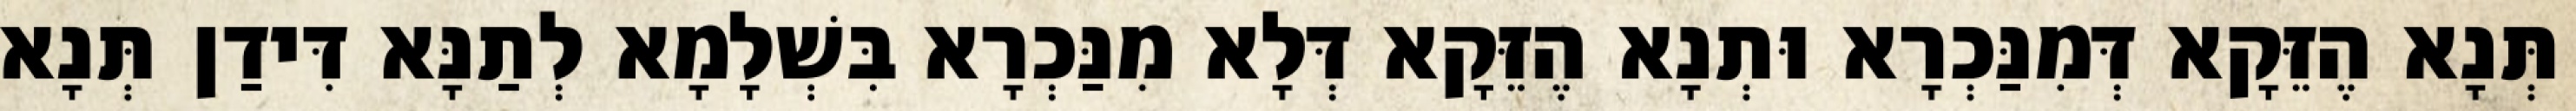
תְּנָא הֶזֵּקָא דְּמִנַּכְרָא וּתְנָא הֶזֵּקָא דְּלָא מִנַּכְרָא בִּשְׁלָמָא לְתַנָּא דִּידַן תְּנָא